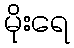
မိုးရေ